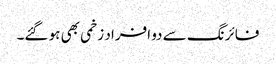
فائرنگ سے دو افراد زخمی بھی ہو گئے۔